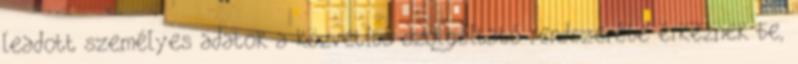
leadott személyes adatok a közvetítő szolgáltató rendszerébe érkeznek be,